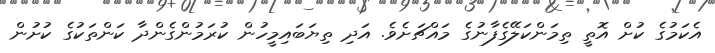
އެކަމުގެ ކުށް އޮތީ ތިމަންކަލޭގެފާނުގެ މައްޗަށެވެ. އަދި ތިޔަބައިމީހުން ކުރަމުންގެންދާ ކަންތަކުގެ ކުށުން